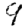
Digit: 9